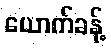
ယောက်ခန့်